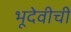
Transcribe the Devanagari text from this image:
भूदेवीची